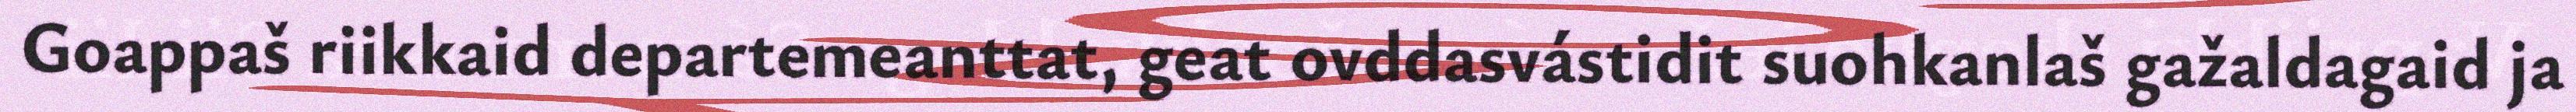
Goappaš riikkaid departemeanttat, geat ovddasvástidit suohkanlaš gažaldagaid ja